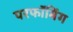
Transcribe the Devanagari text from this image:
परफॉमिंग